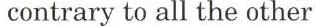
 contrary to all the other